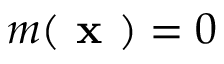
m ( \textbf { x } ) = 0